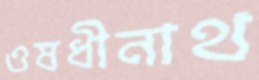
ওষধীনাথ